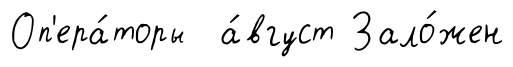
Оп'ера́торы а́вгуст Зало́жен